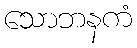
သောဘနကံ